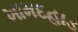
ખામદહાડ